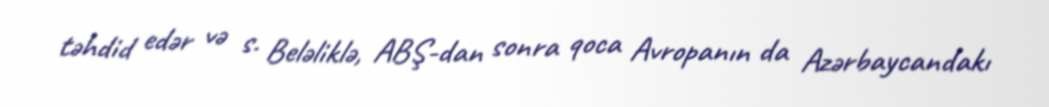
təhdid edər və s. Beləliklə, ABŞ-dan sonra qoca Avropanın da Azərbaycandakı